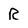
Character: R